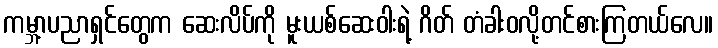
ကမ္ဘာ့ပညာရှင်တွေက ဆေးလိပ်ကို မူးယစ်ဆေးဝါးရဲ့ ဂိတ် တံခါးဝလို့တင်စားကြတယ်လေ။